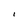
Character: I